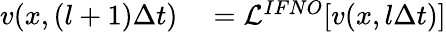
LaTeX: \begin{array}{rl}{{v}(x,(l+1)\Delta t)}&{{}=\mathcal{L}^{IFNO}[{v}({x},l\Delta t)]}\end{array}